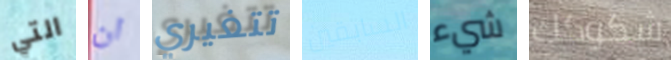
التي ان تتغيري السابقين شيء شكوكك